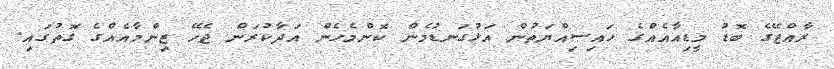
ރާއްޖޭގެ ބޮޑު މީޑިއާއެއްގެ ހައިސިއްޔަތުން އަޅުގަނޑުމެން ކޮންމެހެން އަދާކުރަން ޖެހޭ ޒިންމާއެއްގެ ގޮތުގައި.